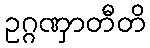
ဥဂ္ဂဏှာတီတိ